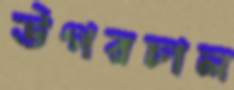
উপরচাল